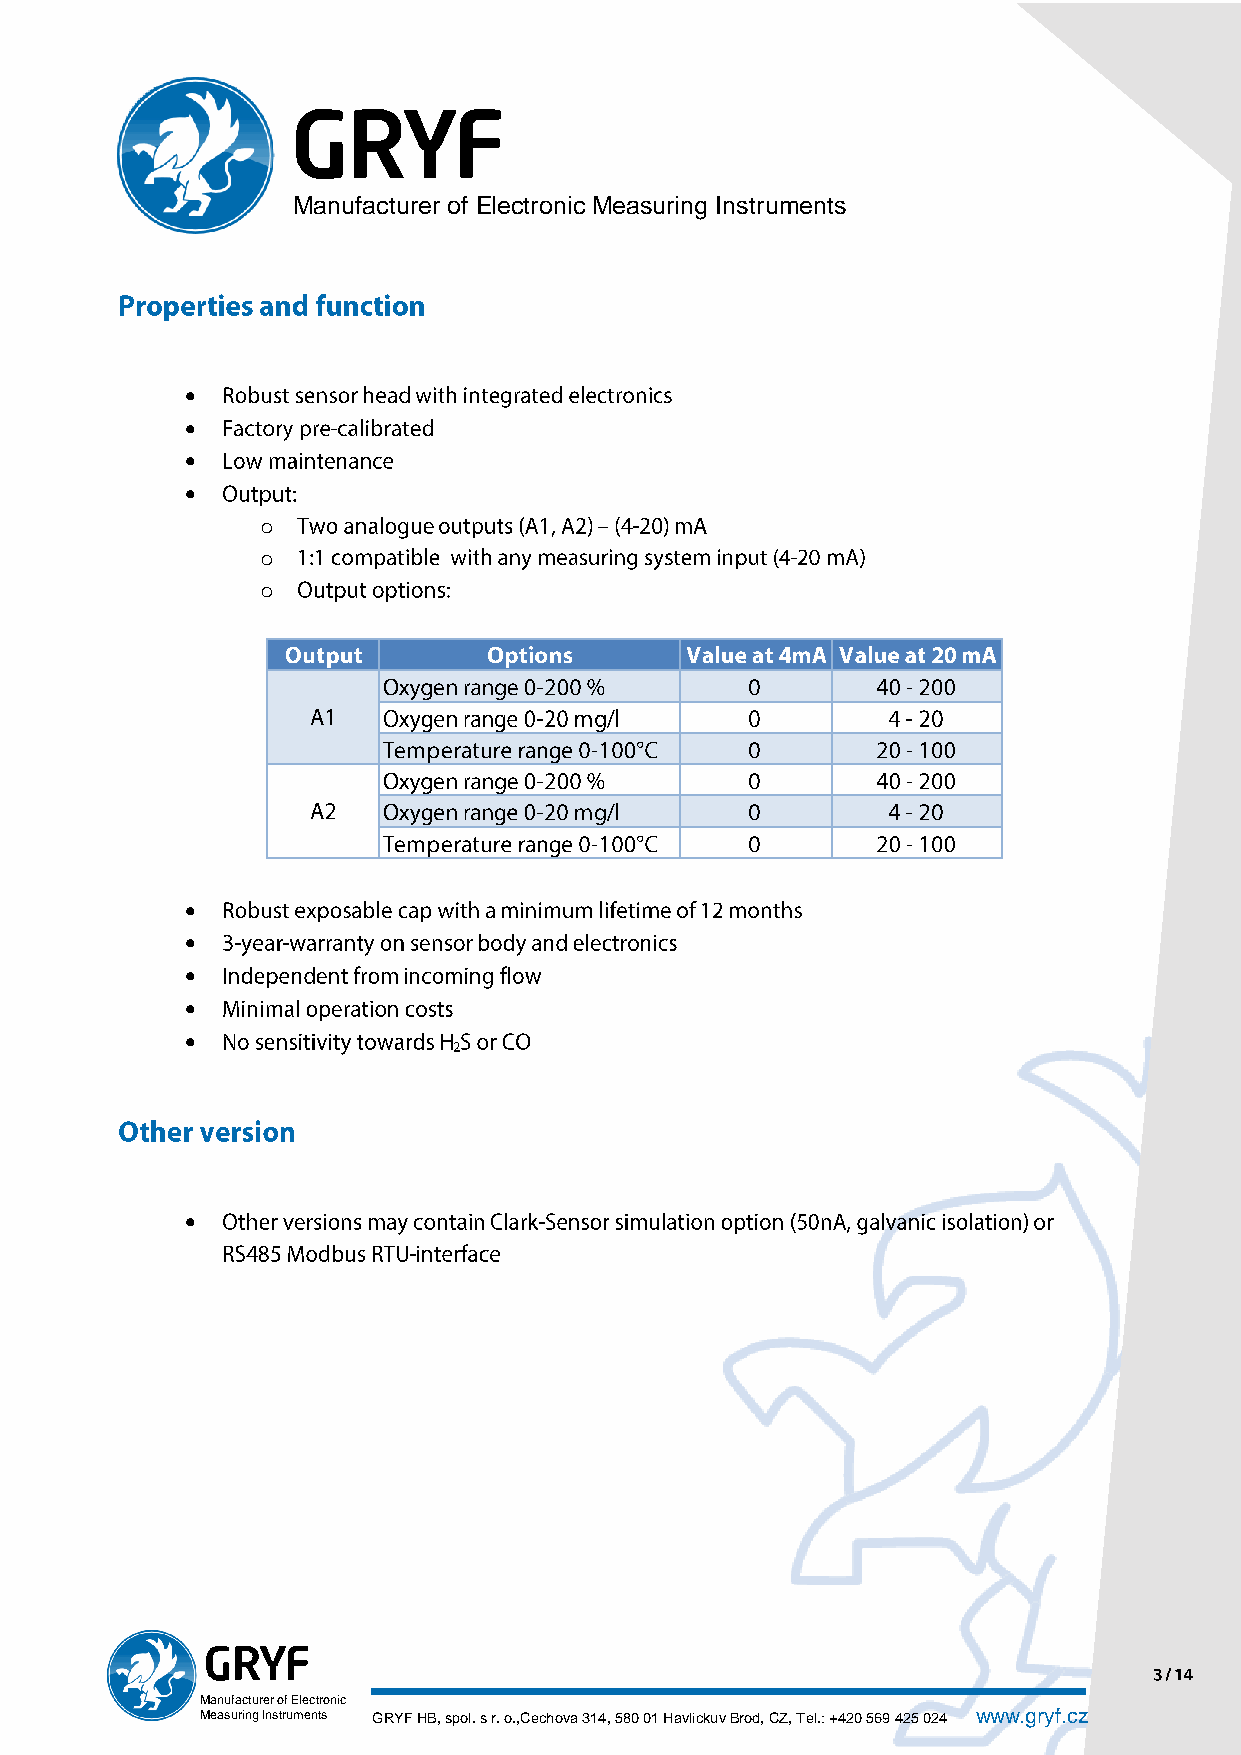
Manufacturer of Electronic Measuring Instruments
 
 
 
 
 o
 o
 o
 
 
 
 
 
 
 Manufacturer of Electronic
 Measuring Instruments GRYF HB, spol. s r. o.,Cechova 314, 580 01 Havlickuv Brod, CZ, Tel.: +420 569 425 024 www.gryf.cz